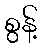
စွန့်